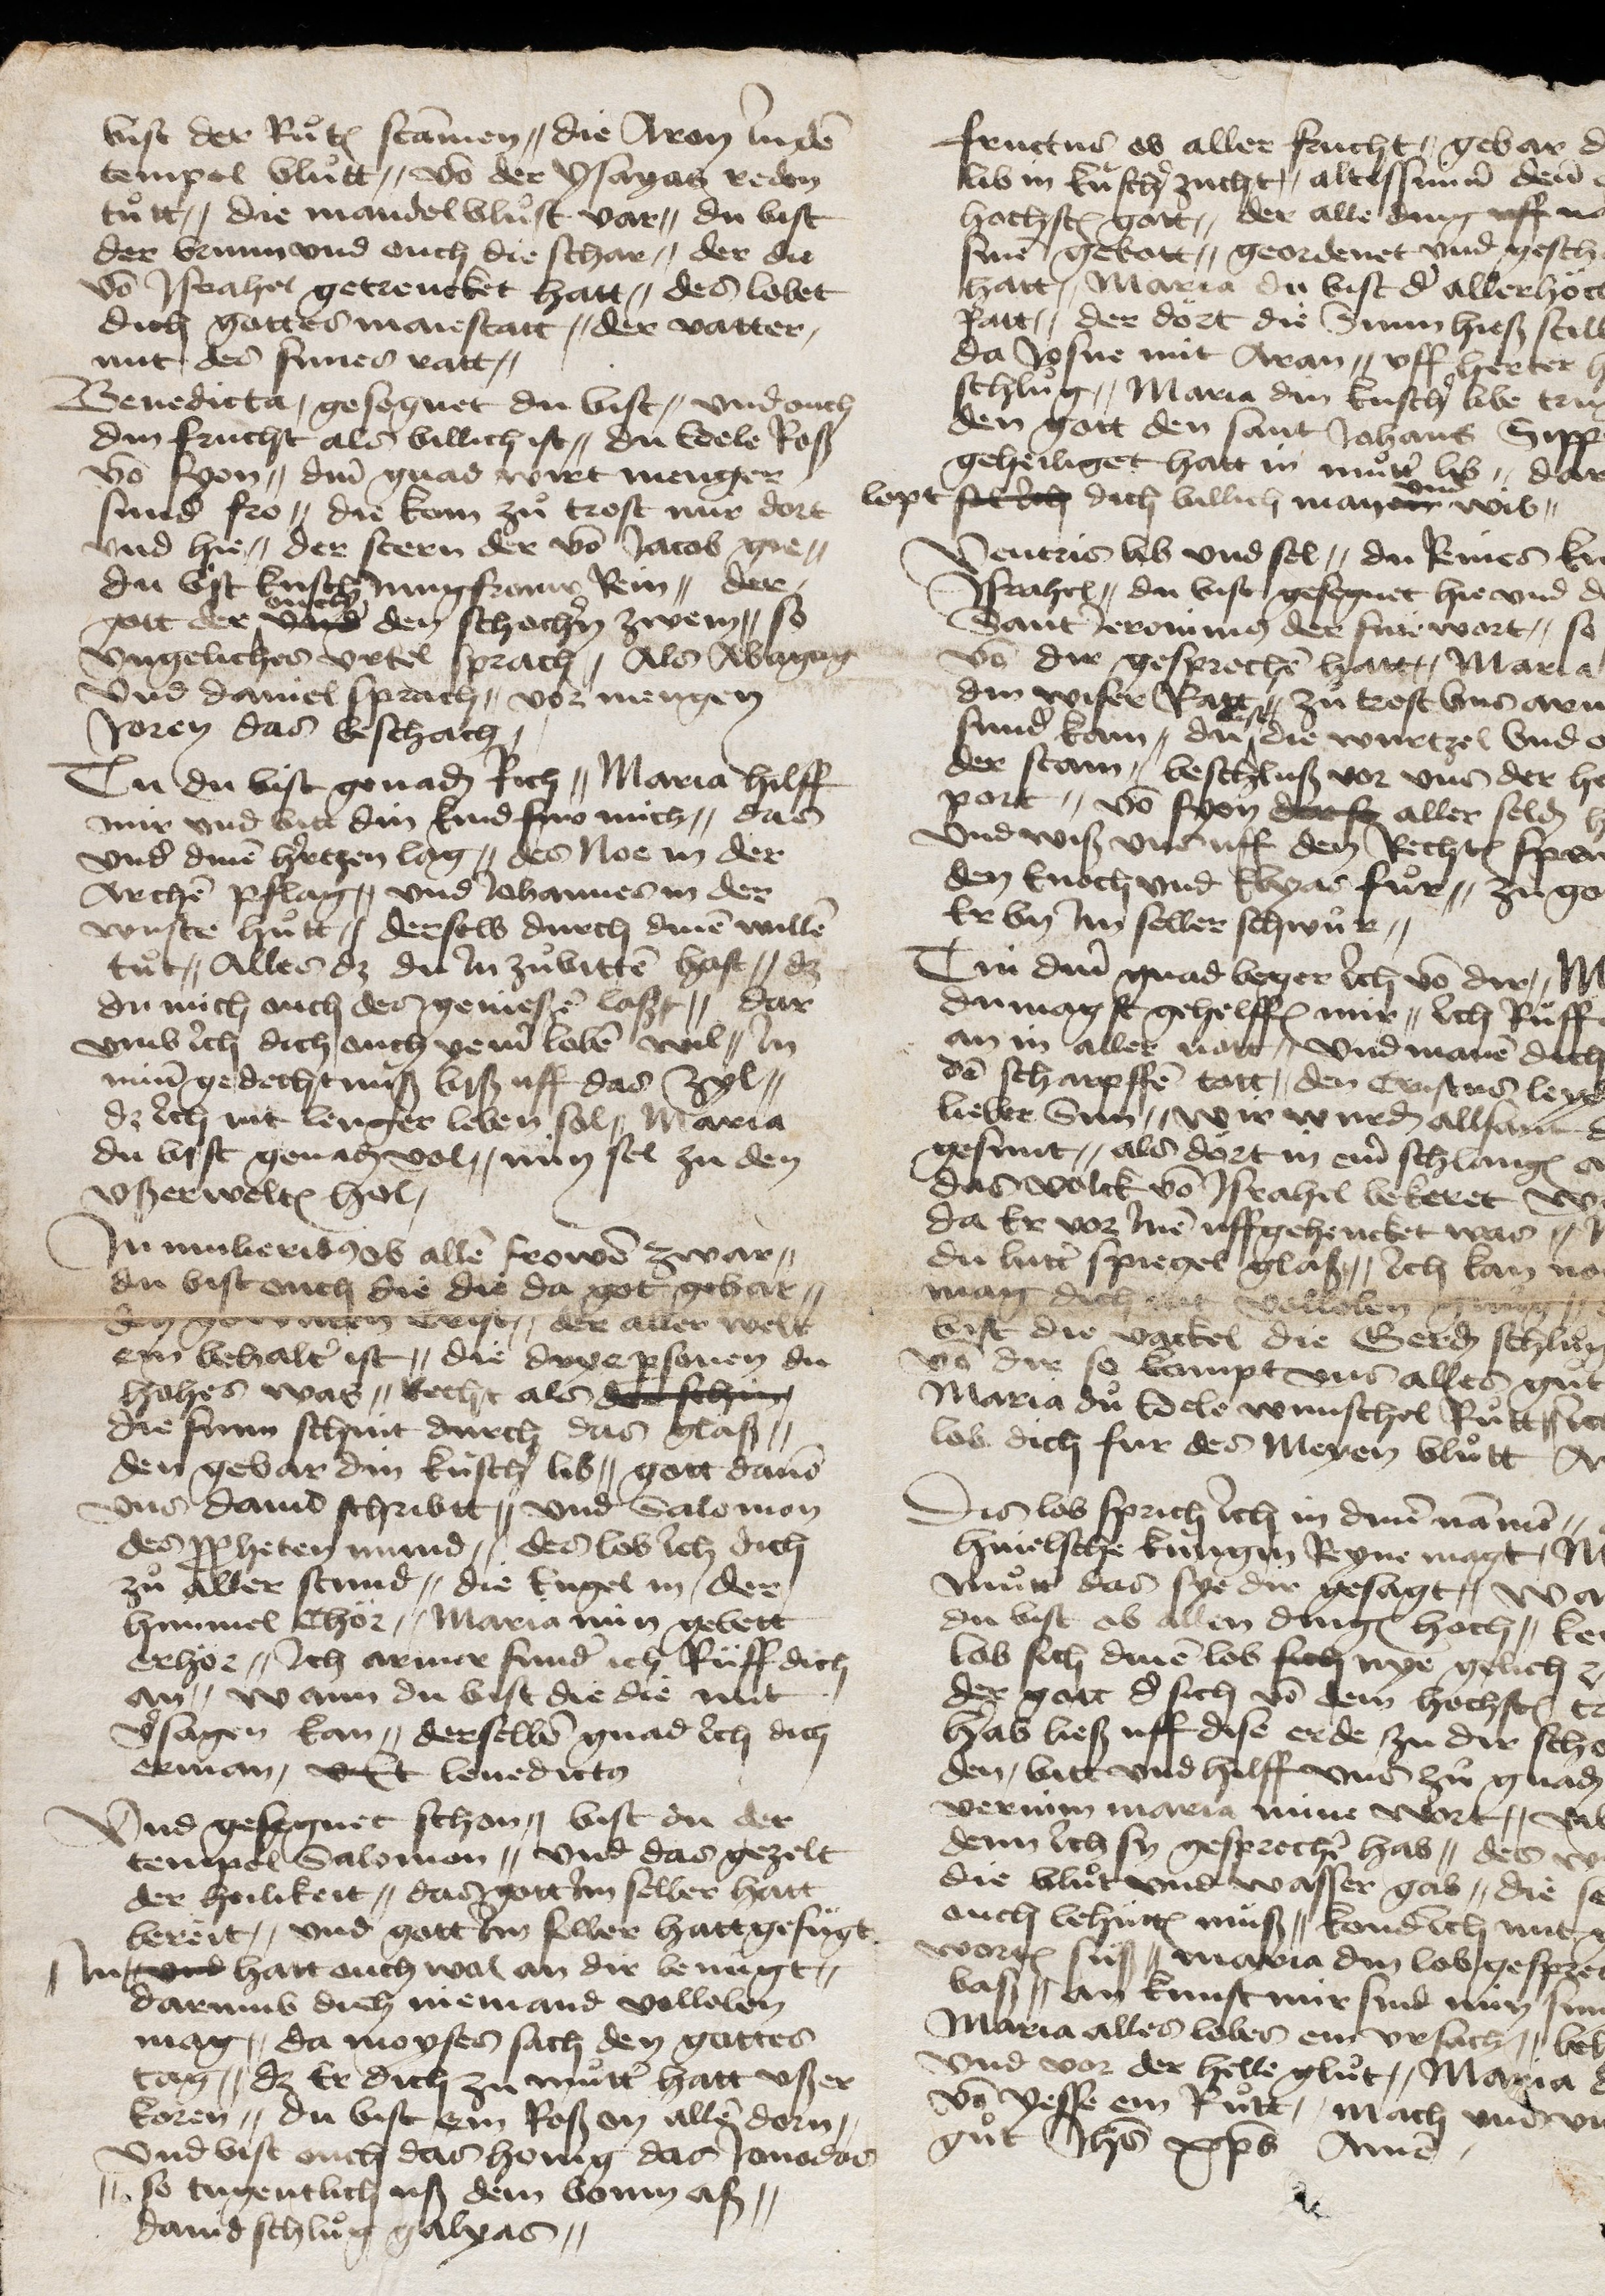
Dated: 1475–1499